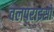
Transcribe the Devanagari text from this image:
वलपराइसो